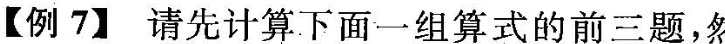
【例7】请先计算下面一组算式的前三题，然